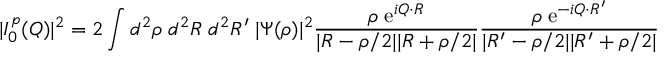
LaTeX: | I _ { 0 } ^ { p } ( Q ) | ^ { 2 } = 2 \int d ^ { 2 } \rho \; d ^ { 2 } R \; d ^ { 2 } R ^ { \prime } \; | \Psi ( \rho ) | ^ { 2 } \frac { \rho \; { \mathrm { e } } ^ { i Q \cdot R } } { | R - \rho / 2 | | R + \rho / 2 | } \frac { \rho \; { \mathrm { e } } ^ { - i Q \cdot R ^ { \prime } } } { | R ^ { \prime } - \rho / 2 | | R ^ { \prime } + \rho / 2 | }